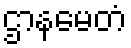
ဌာနမေတံ